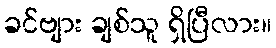
ခင်ဗျား ချစ်သူ ရှိပြီလား။